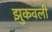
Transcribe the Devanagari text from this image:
झुकवली